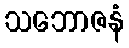
သဘောဇနံ